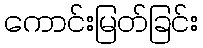
ကောင်းမြတ်ခြင်း